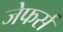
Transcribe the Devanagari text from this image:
जेफर्स